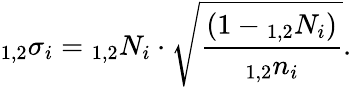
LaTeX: _{1,2}\sigma_{i}={_{1,2}N_{i}\cdot\sqrt{\frac{(1-{_{1,2}N_{i}})}{{_{1,2}n_{i}}}}}.